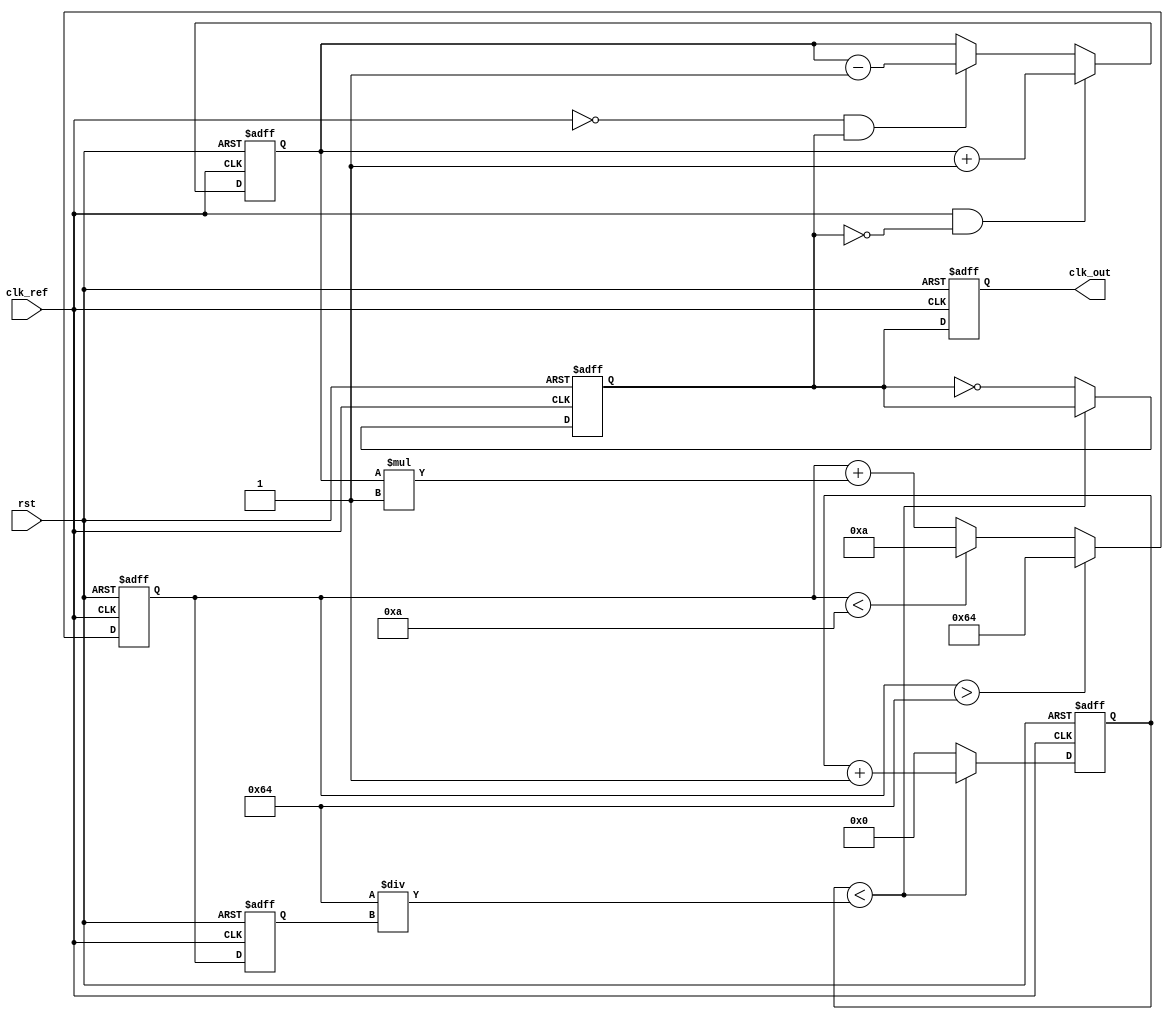
module pll (
    input wire clk_ref,           // Reference clock input
    input wire rst,               // Reset signal
    output reg clk_out            // Output clock signal
);

    // Parameters for the PLL
    parameter integer VCO_MAX_FREQ = 100; // Max frequency for VCO
    parameter integer VCO_MIN_FREQ = 10;   // Min frequency for VCO
    parameter integer LOOP_FILTER_GAIN = 1; // Gain for loop filter

    // Internal signals
    reg [7:0] phase_error;         // Phase error signal
    reg [7:0] control_voltage;      // Control voltage for VCO
    reg [7:0] vco_freq;             // Current frequency of VCO
    reg clk_fb;                     // Feedback clock signal
    reg [3:0] counter;              // Counter for generating clk_out

    // Phase Detector (PD)
    always @(posedge clk_ref or posedge rst) begin
        if (rst) begin
            phase_error <= 0;
        end else begin
            // Simple phase detector logic
            if (clk_ref && !clk_fb) begin
                phase_error <= phase_error + 1; // Feedback clock is lagging
            end else if (!clk_ref && clk_fb) begin
                phase_error <= phase_error - 1; // Feedback clock is leading
            end
        end
    end

    // Loop Filter (LF)
    always @(posedge clk_ref or posedge rst) begin
        if (rst) begin
            control_voltage <= 0;
        end else begin
            // Simple loop filter logic
            control_voltage <= control_voltage + (phase_error * LOOP_FILTER_GAIN);
            // Clamp control voltage to VCO range
            if (control_voltage > VCO_MAX_FREQ) begin
                control_voltage <= VCO_MAX_FREQ;
            end else if (control_voltage < VCO_MIN_FREQ) begin
                control_voltage <= VCO_MIN_FREQ;
            end
        end
    end

    // Voltage-Controlled Oscillator (VCO)
    always @(posedge clk_ref or posedge rst) begin
        if (rst) begin
            vco_freq <= VCO_MIN_FREQ; // Start at minimum frequency
        end else begin
            // Adjust VCO frequency based on control voltage
            vco_freq <= control_voltage;
        end
    end

    // Feedback Mechanism
    always @(posedge clk_ref or posedge rst) begin
        if (rst) begin
            clk_fb <= 0;
            counter <= 0;
        end else begin
            // Generate feedback clock based on VCO frequency
            if (counter < (100 / vco_freq)) begin
                counter <= counter + 1;
            end else begin
                clk_fb <= ~clk_fb; // Toggle feedback clock
                counter <= 0;
            end
        end
    end

    // Output Clock Generation
    always @(posedge clk_ref or posedge rst) begin
        if (rst) begin
            clk_out <= 0;
        end else begin
            clk_out <= clk_fb; // Output the feedback clock
        end
    end

endmodule